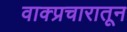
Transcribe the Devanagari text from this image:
वाक्प्रचारातून